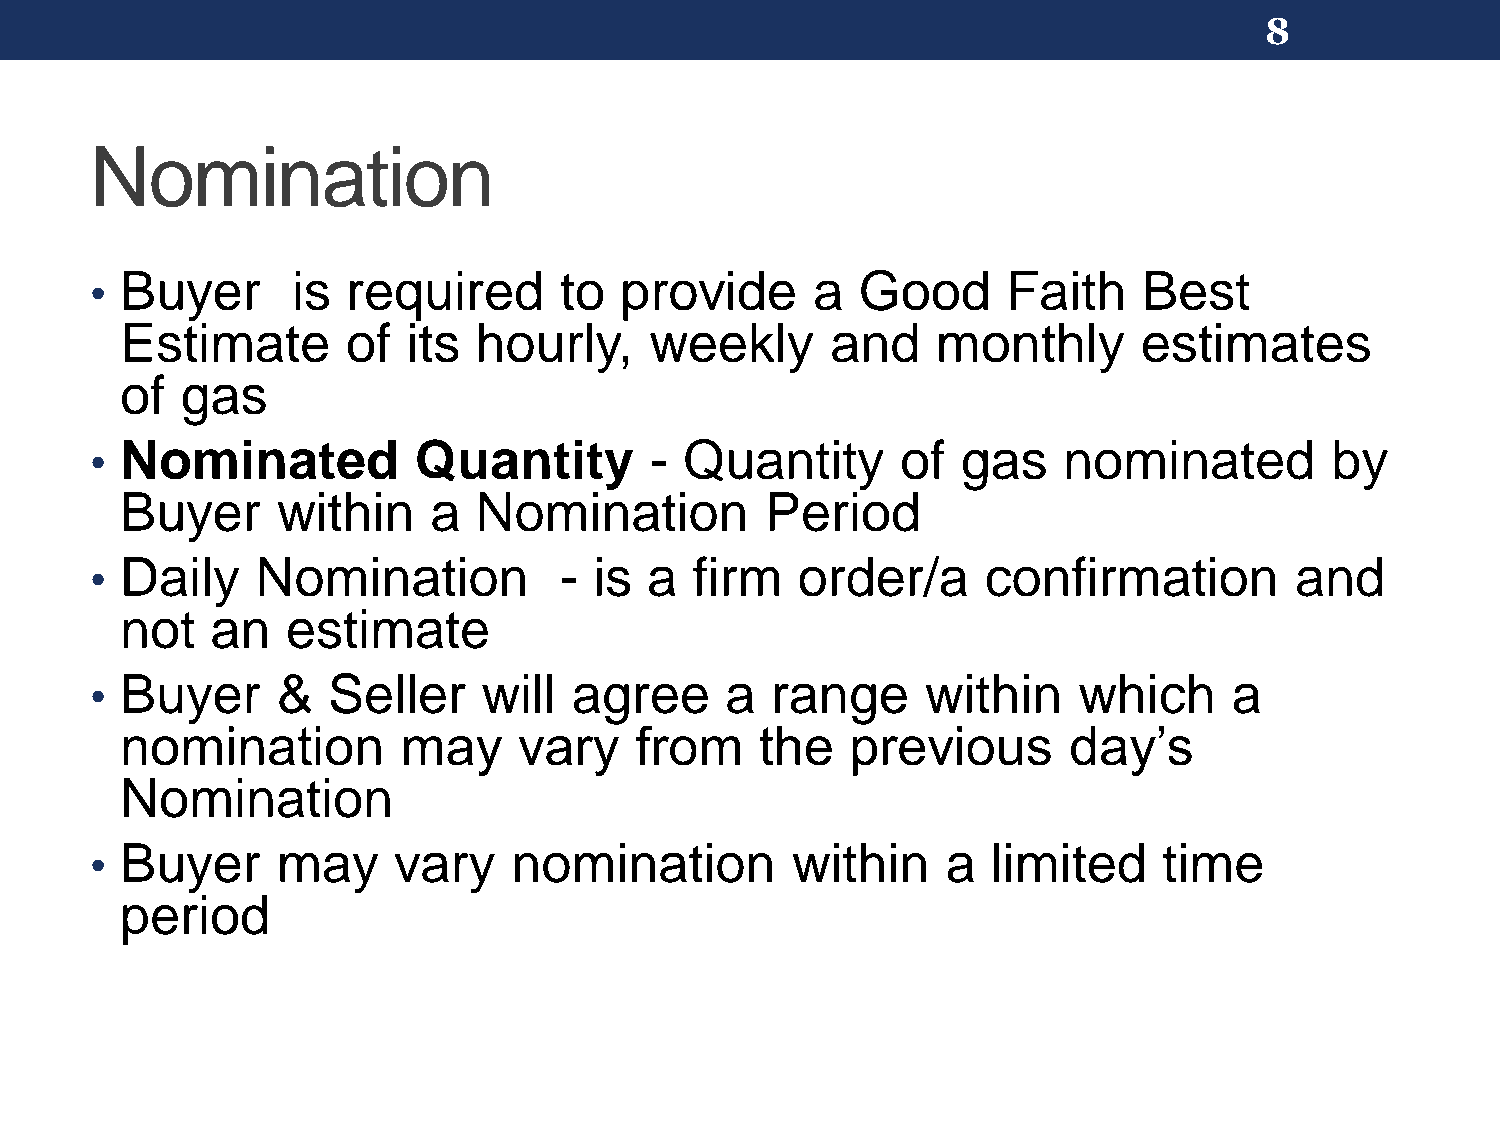
8
 Nomination
 Buyer      is  required      to  provide      a  Good      Faith    Best
 •
 Estimate       of  its hourly,     weekly      and    monthly       estimates
 of  gas
 Nominated          Quantity        - Quantity       of  gas   nominated         by
 •
 Buyer     within    a  Nomination          Period
 Daily    Nomination          - is  a  firm   order/a     confirmation         and
 •
 not   an   estimate
 Buyer     &   Seller    will  agree     a  range     within    which      a
 •
 nomination         may    vary    from    the   previous       day’s
 Nomination
 Buyer     may     vary    nomination        within     a  limited    time
 •
 period